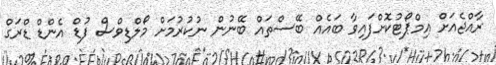
ރާއްޖެއަށް އިމްޕޯޓުކޮށްފަައިވާ ބައެއް ބޭސްތައް ބޭނުން ނުކުރުމަށް މޯލްޑިވްސް ފުޑް އެންޑް ޑްރަގް